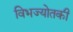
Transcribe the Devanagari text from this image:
विभज्योतकी